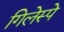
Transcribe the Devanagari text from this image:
गिलेस्पे